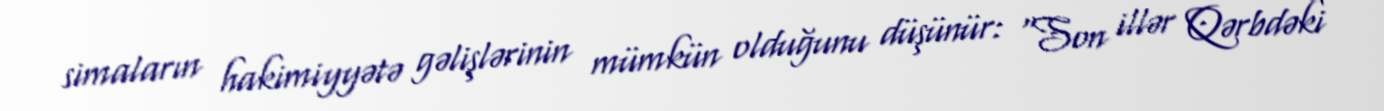
simaların hakimiyyətə gəlişlərinin mümkün olduğunu düşünür: “Son illər Qərbdəki